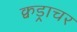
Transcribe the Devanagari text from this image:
क्वड्राचर